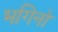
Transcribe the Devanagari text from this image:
भगिनो